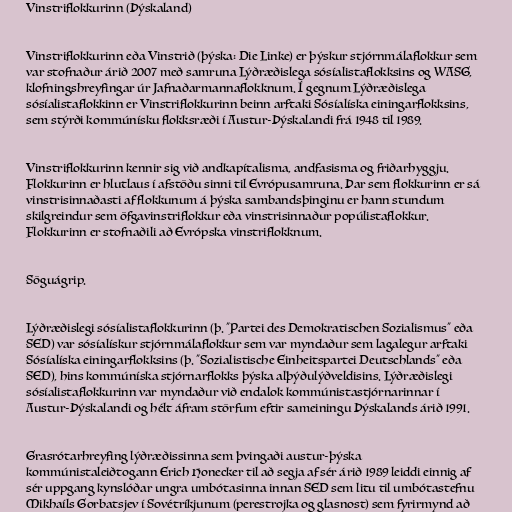
Vinstriflokkurinn (Þýskaland)

Vinstriflokkurinn eða Vinstrið (þýska: Die Linke) er þýskur stjórnmálaflokkur sem
var stofnaður árið 2007 með samruna Lýðræðislega sósíalistaflokksins og WASG,
klofningshreyfingar úr Jafnaðarmannaflokknum. Í gegnum Lýðræðislega
sósíalistaflokkinn er Vinstriflokkurinn beinn arftaki Sósíalíska einingarflokksins,
sem stýrði kommúnísku flokksræði í Austur-Þýskalandi frá 1948 til 1989.

Vinstriflokkurinn kennir sig við andkapítalisma, andfasisma og friðarhyggju.
Flokkurinn er hlutlaus í afstöðu sinni til Evrópusamruna. Þar sem flokkurinn er sá
vinstrisinnaðasti af flokkunum á þýska sambandsþinginu er hann stundum
skilgreindur sem öfgavinstriflokkur eða vinstrisinnaður popúlistaflokkur.
Flokkurinn er stofnaðili að Evrópska vinstriflokknum.

Söguágrip.

Lýðræðislegi sósíalistaflokkurinn (þ. "Partei des Demokratischen Sozialismus" eða
SED) var sósíalískur stjórnmálaflokkur sem var myndaður sem lagalegur arftaki
Sósíalíska einingarflokksins (þ. "Sozialistische Einheitspartei Deutschlands" eða
SED), hins kommúníska stjórnarflokks þýska alþýðulýðveldisins. Lýðræðislegi
sósíalistaflokkurinn var myndaður við endalok kommúnistastjórnarinnar í
Austur-Þýskalandi og hélt áfram störfum eftir sameiningu Þýskalands árið 1991.

Grasrótarhreyfing lýðræðissinna sem þvingaði austur-þýska
kommúnistaleiðtogann Erich Honecker til að segja af sér árið 1989 leiddi einnig af
sér uppgang kynslóðar ungra umbótasinna innan SED sem litu til umbótastefnu
Mikhaíls Gorbatsjev í Sovétríkjunum (perestrojka og glasnost) sem fyrirmynd að